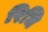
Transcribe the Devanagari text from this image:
रिधि